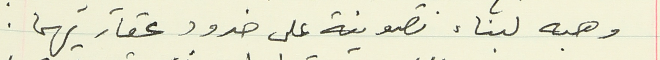
وهبه لبناء تصوينة على حدود عقاريهما.